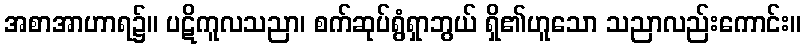
အစာအာဟာရ၌။ ပဋိကူလသညာ၊ စက်ဆုပ်ရွံရှာဘွယ် ရှိ၏ဟူသော သညာလည်းကောင်း။